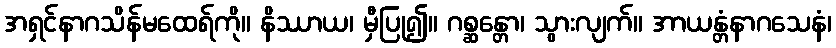
အရှင်နာဂသိန်မထေရ်ကို။ နိဿာယ၊ မှီပြု၍။ ဂစ္ဆန္တော၊ သွားလျက်။ အာယန္တံနာဂသေနံ၊